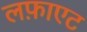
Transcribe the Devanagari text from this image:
लफ़ाएट